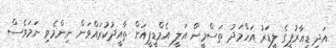
އަދި ޑީއާރުޕީގެ ލީޑަރު އަހްމަދު ތަސްމީން އަލީ އެމްޑީޕީއަށް ތާއީދުކުރައްވަން ނިންމެވި ނަމަވެސް